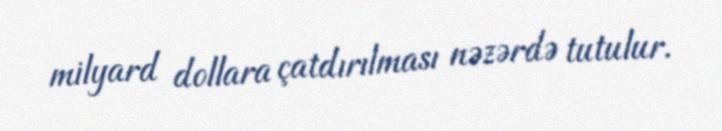
milyard dollara çatdırılması nəzərdə tutulur.